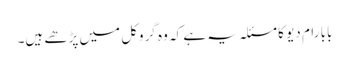
بابا رام دیو کا مسئلہ یہ ہے کہ وہ گروکل میں پڑھے ہیں۔